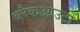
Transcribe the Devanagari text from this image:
ब्लैकआउटों